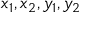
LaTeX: x _ { 1 } , x _ { 2 } , y _ { 1 } , y _ { 2 }